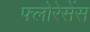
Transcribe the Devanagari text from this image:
फ्लोरेसेंस